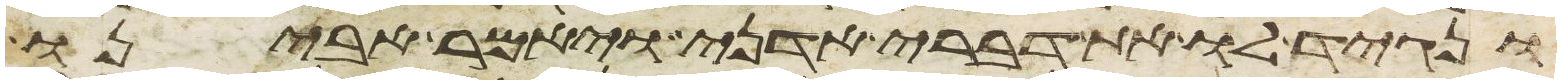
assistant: ונגיד לו את דברי אדני ויאמר אבינו